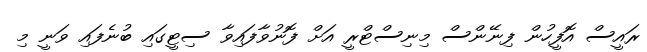
ރައީސް އޮފީހުން ފިނޭންސް މިނިސްޓްރީ އަށް ފޮނުވާފައިވާ ސިޓީގައި ބުނެފައި ވަނީ މި